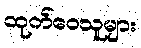
ထုတ်ဝေသူများ